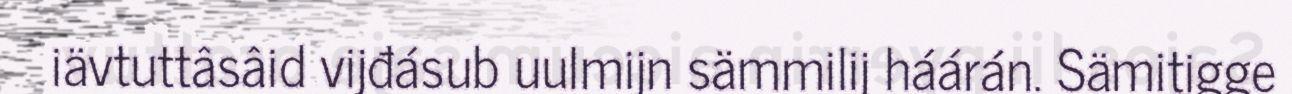
iävtuttâsâid vijđásub uulmijn sämmilij háárán. Sämitigge